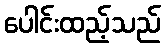
ပေါင်းထည့်သည်